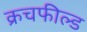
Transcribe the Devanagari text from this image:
क्रचफील्ड